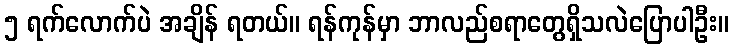
၅ ရက်လောက်ပဲ အချိန် ရတယ်။ ရန်ကုန်မှာ ဘာလည်စရာတွေရှိသလဲပြောပါဦး။